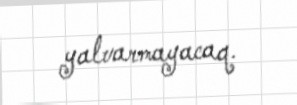
yalvarmayacaq.